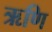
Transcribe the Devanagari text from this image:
ऋणि